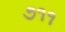
૭૧૧